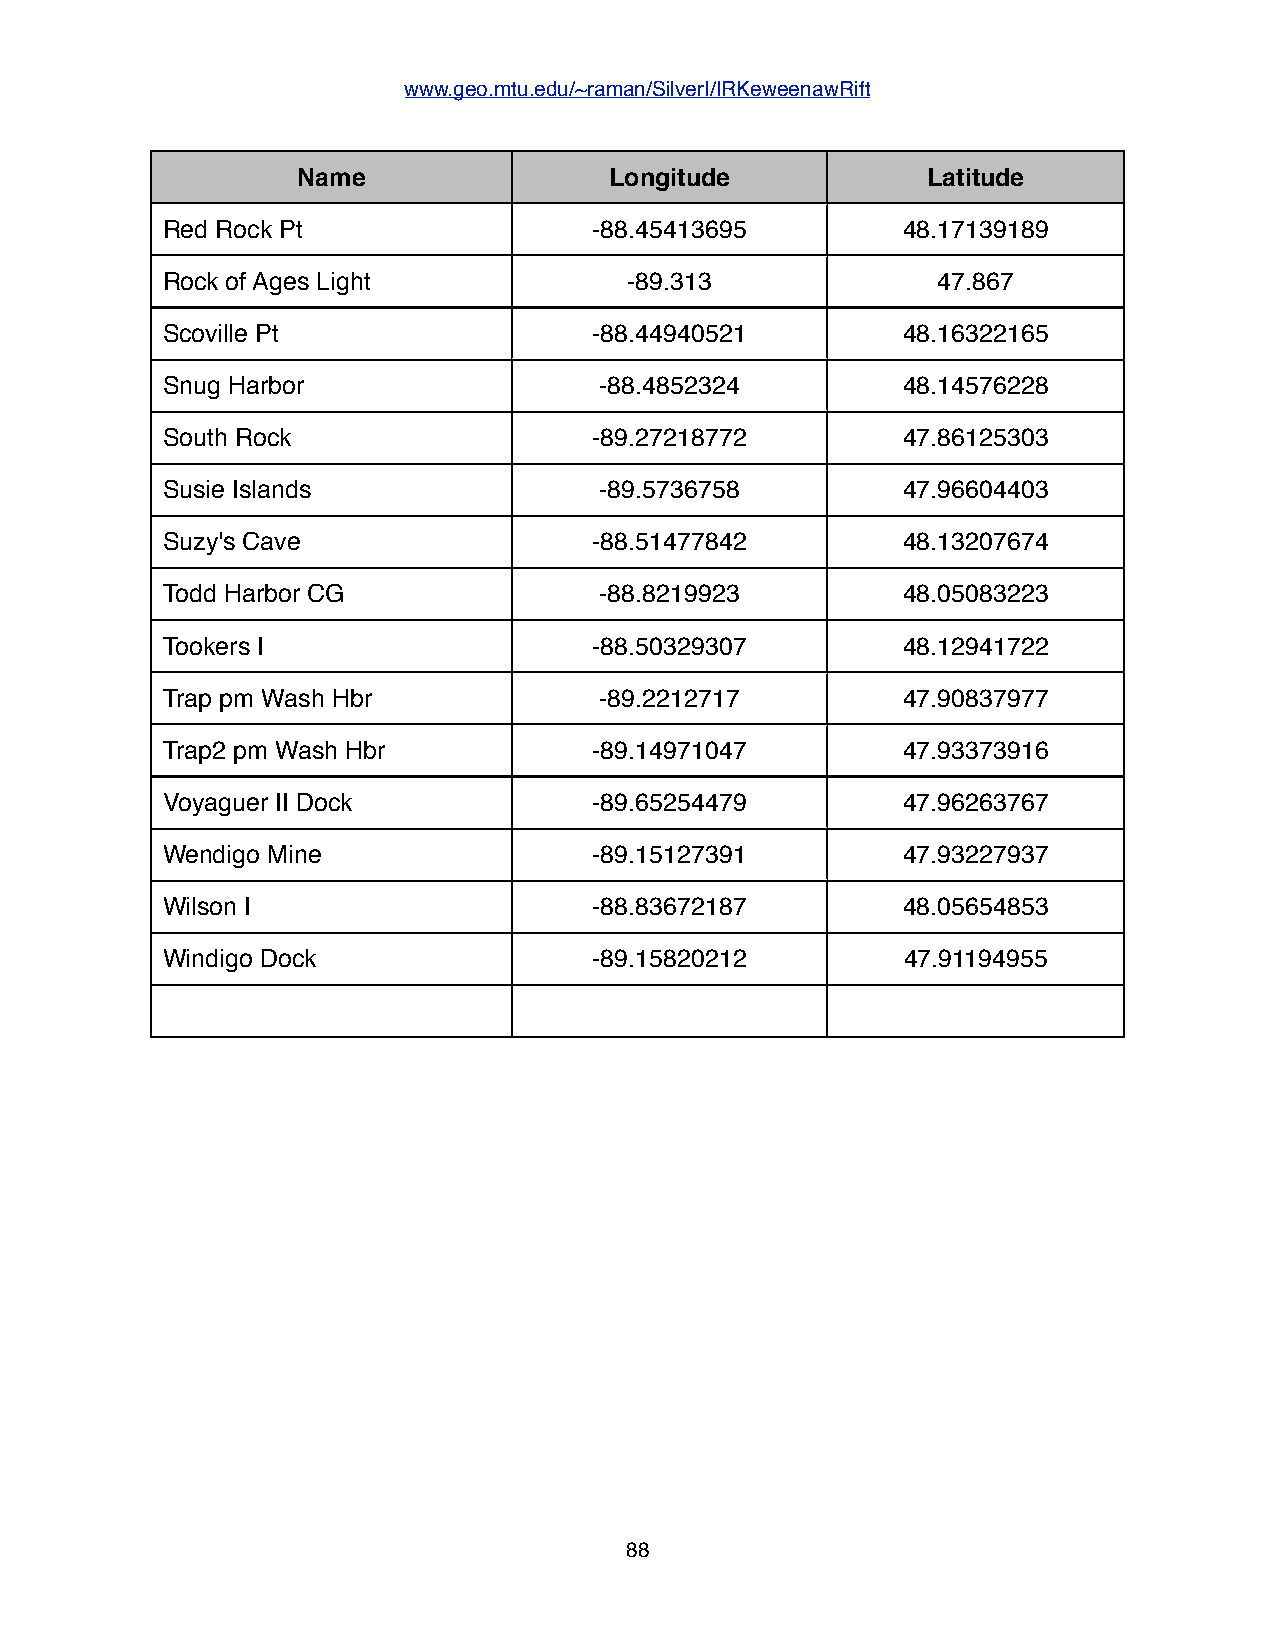
www.geo.mtu.edu/~raman/SilverI/IRKeweenawRift
 Name                Longitude            Latitude
 Red Rock Pt                 -88.45413695         48.17139189
 Rock of Ages Light             -89.313             47.867
 Scoville Pt                 -88.44940521         48.16322165
 Snug Harbor                  -88.4852324         48.14576228
 South Rock                  -89.27218772         47.86125303
 Susie Islands                -89.5736758         47.96604403
 Suzy's Cave                 -88.51477842         48.13207674
 Todd Harbor CG               -88.8219923         48.05083223
 Tookers I                   -88.50329307         48.12941722
 Trap pm Wash Hbr             -89.2212717         47.90837977
 Trap2 pm Wash Hbr           -89.14971047         47.93373916
 Voyaguer II Dock            -89.65254479         47.96263767
 Wendigo Mine                -89.15127391         47.93227937
 Wilson I                    -88.83672187         48.05654853
 Windigo Dock                -89.15820212         47.91194955
 88